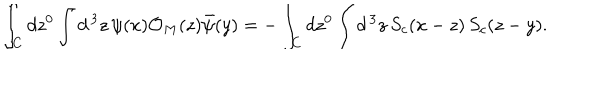
\int _ { C } d z ^ { 0 } \int d ^ { \, 3 } z \, \psi ( x ) { \cal O } _ { M } ( z ) \bar { \psi } ( y ) = - \int _ { C } d z ^ { 0 } \int d ^ { \, 3 } z \, S _ { c } ( x - z ) \, S _ { c } ( z - y ) .